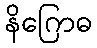
နိဂြောဓ